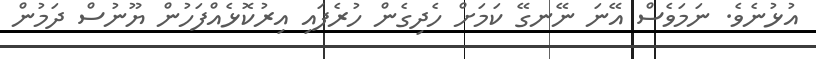
އުޅުނެވެ. ނަމަވެސް އޭނަ ނޭނގޭ ކަމަށް ހެދިގެން ހުރެފައި އިރުކޮޅެއްފަހުން ޔޫނުސް ދަމުން